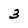
Character: 3